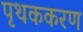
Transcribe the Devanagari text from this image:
पृथककरण